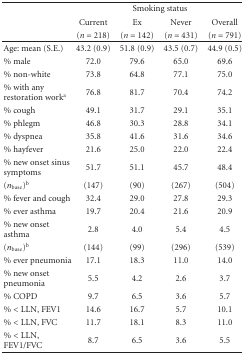
<table><thead><tr><td></td><td colspan="4"><b>Smoking status</b></td></tr><tr><td></td><td><b>Current </b></td><td><b>Ex </b></td><td><b>Never </b></td><td><b>Overall </b></td></tr><tr><td></td><td><b>(<i>n</i> = 218)</b></td><td><b>(<i>n</i> = 142)</b></td><td><b>(<i>n</i> = 431)</b></td><td><b>(<i>n</i> = 791)</b></td></tr></thead><tbody><tr><td>Age: mean (S.E.)</td><td>43.2 (0.9)</td><td>51.8 (0.9)</td><td>43.5 (0.7)</td><td>44.9 (0.5)</td></tr><tr><td>% male</td><td>72.0</td><td>79.6</td><td>65.0</td><td>69.6</td></tr><tr><td>% non-white</td><td>73.8</td><td>64.8</td><td>77.1</td><td>75.0</td></tr><tr><td>% with any restoration work<sup>a</sup></td><td>76.8</td><td>81.7</td><td>70.4</td><td>74.2</td></tr><tr><td>% cough</td><td>49.1</td><td>31.7</td><td>29.1</td><td>35.1</td></tr><tr><td>% phlegm</td><td>46.8</td><td>30.3</td><td>28.8</td><td>34.1</td></tr><tr><td>% dyspnea</td><td>35.8</td><td>41.6</td><td>31.6</td><td>34.6</td></tr><tr><td>% hayfever</td><td>21.6</td><td>25.0</td><td>22.0</td><td>22.4</td></tr><tr><td>% new onset sinus symptoms</td><td>51.7</td><td>51.1 </td><td>45.7</td><td>48.4</td></tr><tr><td>(<i>n</i><sub>base</sub>)<sup>b</sup></td><td>(147)</td><td>(90)</td><td>(267)</td><td>(504)</td></tr><tr><td>% fever and cough </td><td>32.4</td><td>29.0</td><td>27.8</td><td>29.3</td></tr><tr><td>% ever asthma</td><td>19.7</td><td>20.4</td><td>21.6</td><td>20.9</td></tr><tr><td>% new onset asthma </td><td>2.8 </td><td>4.0 </td><td>5.4 </td><td>4.5 </td></tr><tr><td>(<i>n</i><sub>base</sub>)<sup>b</sup></td><td>(144)</td><td>(99)</td><td>(296)</td><td>(539)</td></tr><tr><td>% ever pneumonia</td><td>17.1</td><td>18.3</td><td>11.0</td><td>14.0</td></tr><tr><td>% new onset pneumonia</td><td>5.5</td><td>4.2</td><td>2.6</td><td>3.7</td></tr><tr><td>% COPD</td><td>9.7</td><td>6.5</td><td>3.6</td><td>5.7</td></tr><tr><td>% &lt; LLN, FEV1</td><td>14.6</td><td>16.7</td><td>5.7</td><td>10.1</td></tr><tr><td>% &lt; LLN, FVC</td><td>11.7</td><td>18.1</td><td>8.3</td><td>11.0</td></tr><tr><td>% &lt; LLN, FEV1/FVC</td><td>8.7</td><td>6.5</td><td>3.6</td><td>5.5</td></tr></tbody></table>